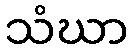
သံဃာ